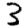
Digit: 3